Scottish Leaving Certificate Examination, 1953
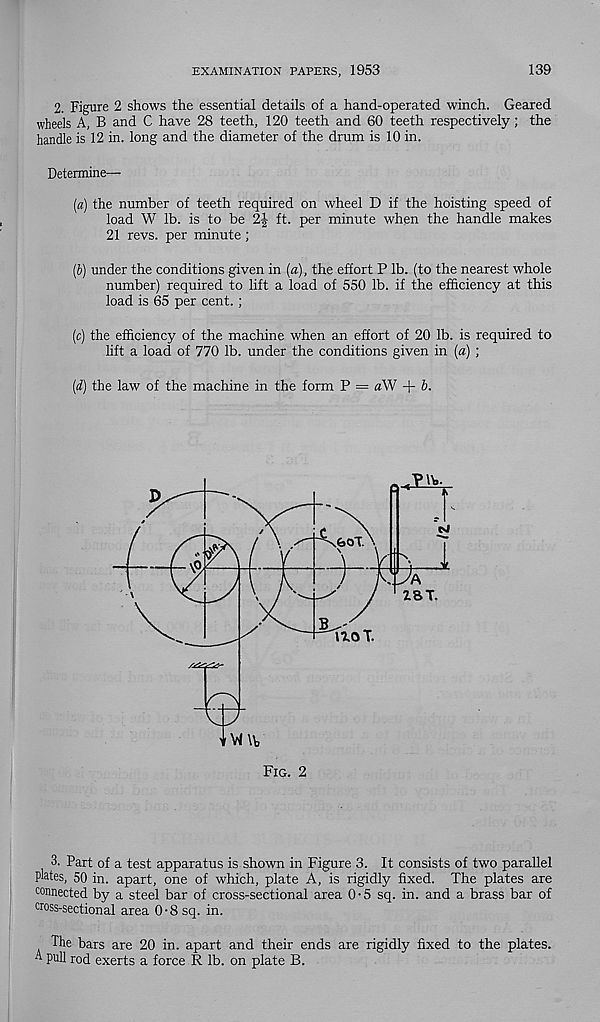
EXAMINATION PAPERS, 1953
139
2. Figure 2 shows the essential details of a hand-operated winch. Geared
wheels A, B and C have 28 teeth, 120 teeth and 60 teeth respectively; the
handle is 12 in. long and the diameter of the drum is 10 in.
Determine—
[а) the number of teeth required on wheel D if the hoisting speed of
load W lb. is to be 2| ft. per minute when the handle makes
21 revs, per minute ;
(б) under the conditions given in (a), the effort P lb. (to the nearest whole
number) required to lift a load of 550 lb. if the efficiency at this
load is 65 per cent.;
(c) the efficiency of the machine when an effort of 20 lb. is required to
lift a load of 770 lb. under the conditions given in (a) ;
(d) the law of the machine in the form P = aW + b.
3. Part of a test apparatus is shown in Figure 3. It consists of two parallel
P^tes, 50 in. apart, one of which, plate A, is rigidly fixed. The plates are
connected by a steel bar of cross-sectional area 0-5 sq. in. and a brass bar of
cross-sectional area 0 • 8 sq. in.
The bars are 20 in. apart and their ends are rigidly fixed to the plates.
^ pull rod exerts a force R lb. on plate B.